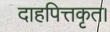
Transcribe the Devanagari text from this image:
दाहपित्तकृत।